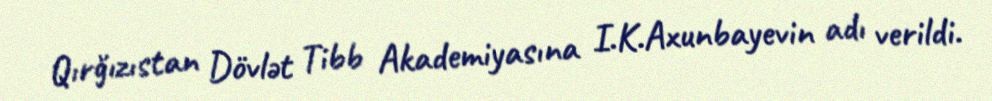
Qırğızıstan Dövlət Tibb Akademiyasına I.K.Axunbayevin adı verildi.